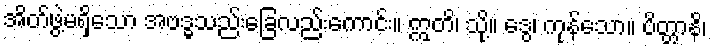
အိတ်ဖွဲ့မရှိသော အဗဒ္ဓသည်းခြေလည်းကောင်း။ ဣတိ၊ သို့။ ဒွေ၊ ကုန်သော။ ပိတ္တာနိ၊